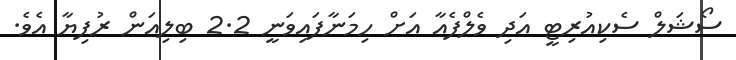
ސޯޝަލް ސެކިއުރިޓީ އަދި ވެލްފެއާ އަށް ހިމަނާފައިވަނީ 2.2 ބިލިއަން ރުފިޔާ އެވެ.